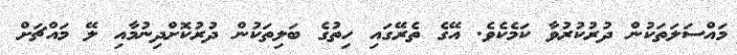
މައްސަލަތަކުން ދުރުކުރުވާ ކަމެކެވެ. އޭގެ ތެރޭގައި ހިތުގެ ބަލިތަކުން ދުރުކޮށްދިނުމާއި ލޭ މައްޗަށް